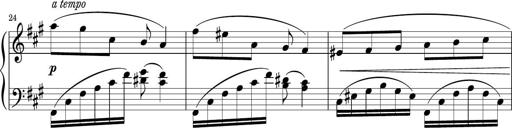
Title: Sonatina PandemÃ³nium
Composer: VÃ­ctor Carbajo
Key: C major